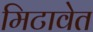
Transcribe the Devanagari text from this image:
मिटावेत